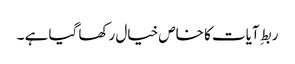
ربطِ آیات کا خاص خیال رکھا گیا ہے ۔